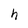
Character: h